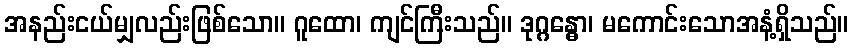
အနည်းငယ်မျှလည်းဖြစ်သော။ ဂူထော၊ ကျင်ကြီးသည်။ ဒုဂ္ဂန္ဓော၊ မကောင်းသောအနံ့ရှိသည်။